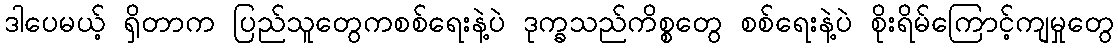
ဒါပေမယ့် ရှိတာက ပြည်သူတွေကစစ်ရေးနဲ့ပဲ ဒုက္ခသည်ကိစ္စတွေ စစ်ရေးနဲ့ပဲ စိုးရိမ်ကြောင့်ကျမှုတွေ